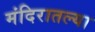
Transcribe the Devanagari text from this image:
मंदिरातल्या